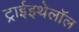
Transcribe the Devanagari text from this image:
ट्राईइथेलॉल